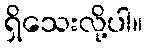
ရှိသေးလို့ပါ။